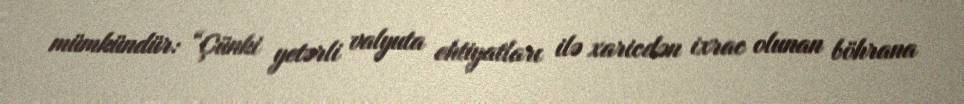
mümkündür: “Çünki yetərli valyuta ehtiyatları ilə xaricdən ixrac olunan böhrana